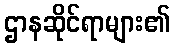
ဌာနဆိုင်ရာများ၏